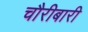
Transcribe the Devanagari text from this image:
चौरीबारी